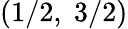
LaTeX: (1/2,\; 3/2)